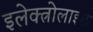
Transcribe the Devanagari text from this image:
इलेक्त्रोलाइट